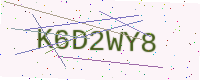
Text: K6D2WY8